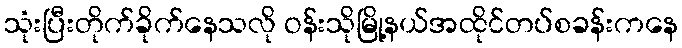
သုံးပြီးတိုက်ခိုက်နေသလို ဝန်းသိုမြို့နယ်အထိုင်တပ်စခန်းကနေ